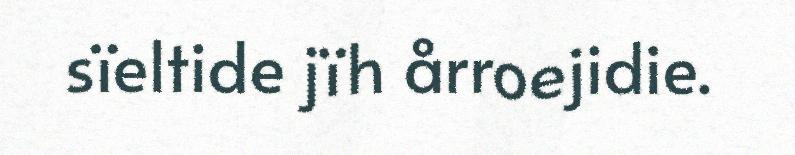
sïeltide jïh årroejidie.